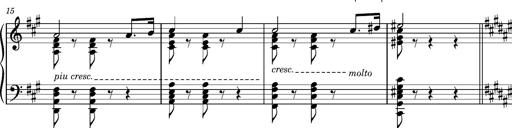
Title: Cavatine de Robert le Diable
Composer: Franz Liszt
Key: F-sharp minor